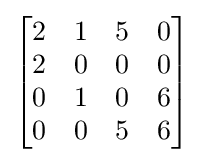
{\begin{bmatrix}2&1&5&0\\2&0&0&0\\0&1&0&6\\0&0&5&6\\\end{bmatrix}}